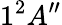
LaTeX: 1^{2}A^{\prime\prime}